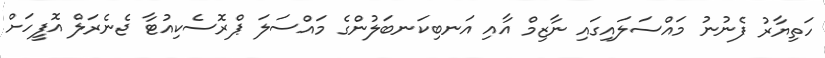
ހަތިޔާރު ފެނުނު މައްސަލައިގައި ނާޒިމް އާއި އަނބިކަނބަލުންގެ މައްސަލަ ޕްރޮސެކިއުޓާ ޖެނެރަލް އޮފީހަށް